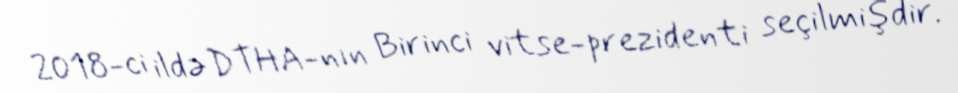
2018-ci ildə DTHA-nın Birinci vitse-prezidenti seçilmişdir.